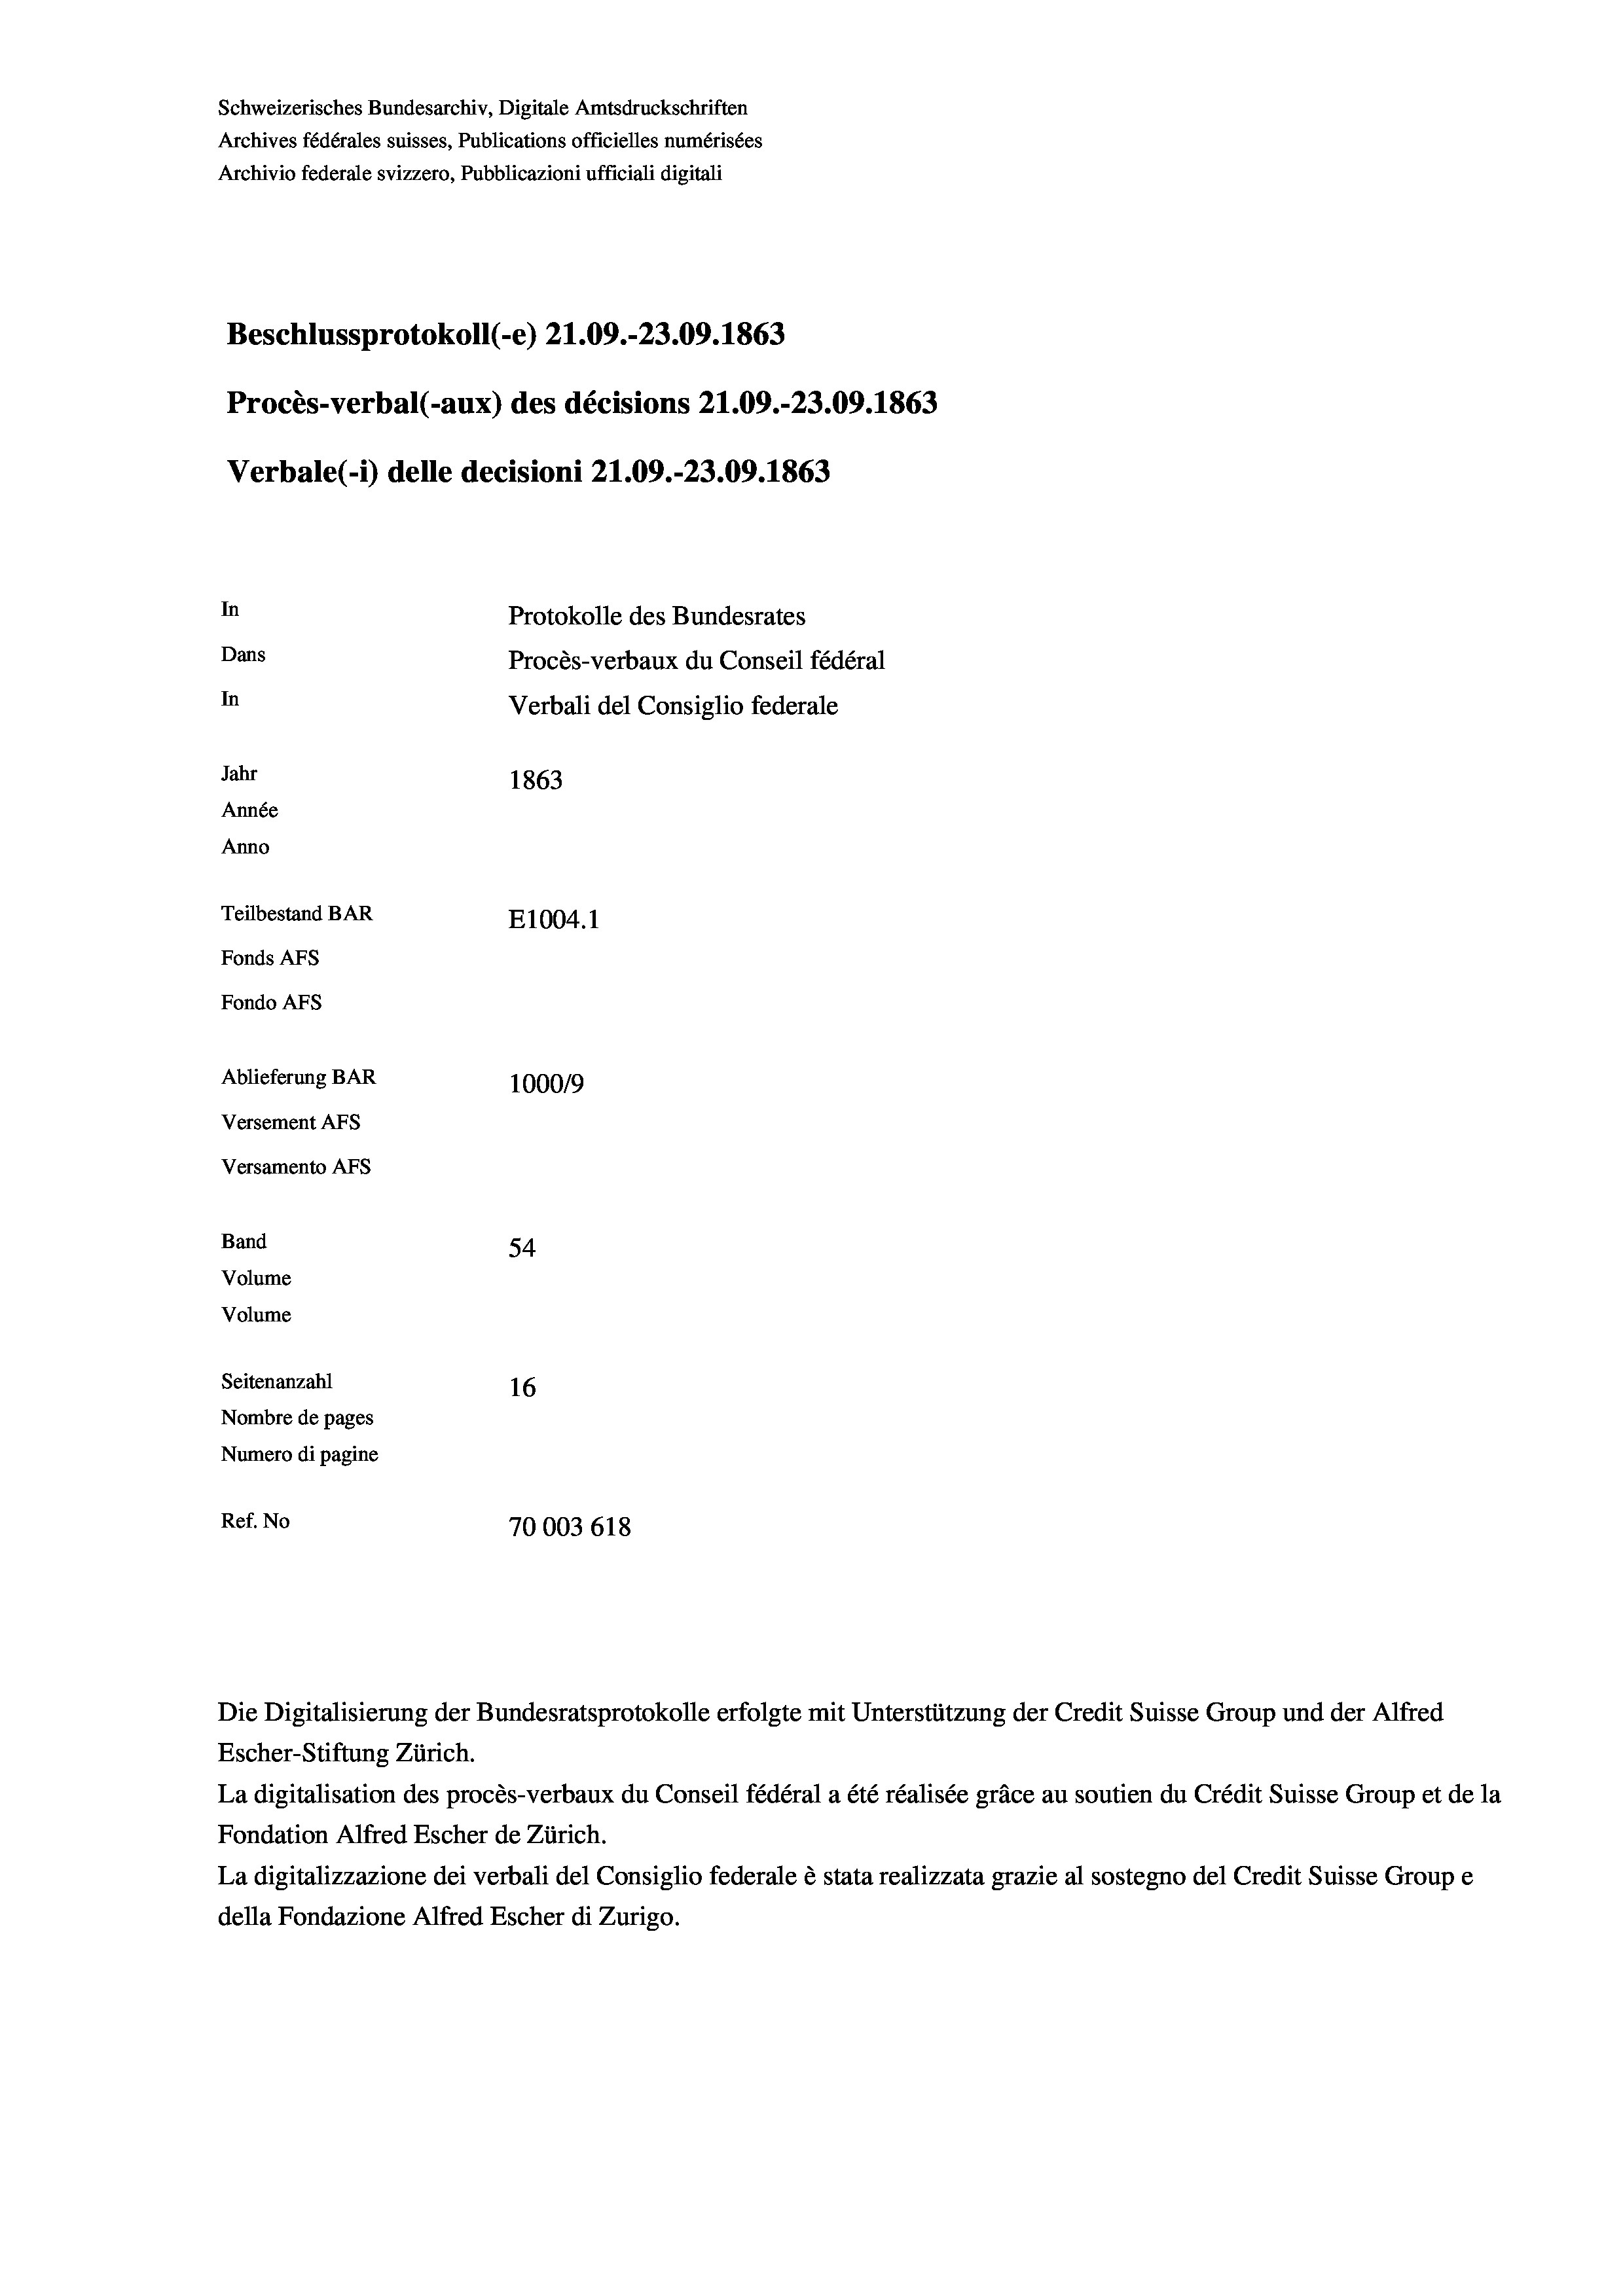
Schweizerisches Bundesarchiv, Digitale Amtsdruckschriften
Archives fédérales suisses, Publications officielles numérisées
Archivio federale svizzero, Pubblicazioni ufficiali digitali
Beschlussprotokoll (-e) 21.09.-23.09. 1863
Procès-verbal (-aux) des décisions 21.09.-23.09. 1863
Verbale(-*) delle decisioni 21.09.-23.09. 1863
In
Protokolle des Bundesrates
Dans
Procès-verbaux du Conseil fédéral
In
Verbali del Consiglio federale
Jahr
1863
Année
Anno
Teilbestand BAR
E1004.1
Fonds AFs
Fondo Afs
Ablieferung BAR
100019
Versement AFs
Versamento AFS
Band
54
Volume
Volume
Seitenanzahl
16
Nombre de pages
Numero di pagine
Ref. No
70003 618

Die Digitalisierung der Bundesratsprotokolle erfolgte mit Unterstützung der Credit Suisse Group und der Alfred
Escher-Stiftung Zürich.
La digitalisation des procès-verbaux du Conseil fédéral a été réalisée gräce au soutien du Crédit Suisse Group et de la
Fondation Alfred Escher de Zürich.
La digitalizzazione dei verbali del Consiglio federale è stata realizzata grazie al sostegno del Credit Suisse Groupe
della Fondazione Alfred Escher di Zurigo.